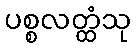
ပစ္စလတ္ထံသု